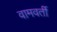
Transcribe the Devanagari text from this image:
वामवर्ती